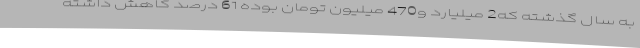
به سال گذشته که2 میلیارد و470 میلیون تومان بوده 61 درصد کاهش داشته